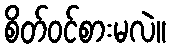
စိတ်ဝင်စားမလဲ။